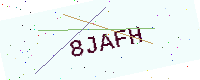
Text: 8JAFH